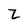
Character: Z